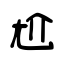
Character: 尬